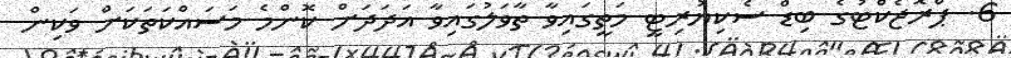
6. ޕްރޮޖެކްޓުގެ ބިޑް ސެކިޔުރިޓީ މަތީގައިވާ ތާވަލުގައިވާ އަދަދަށް ކޮންމެ މަސައްކަތަކަށް ވަކިން